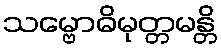
သမ္ဗောဓိမုတ္တမန္တိ